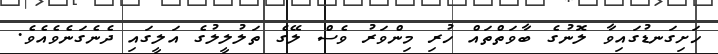
ހަށިގަނޑުގައިވާ ލޮނުގެ ބާވަތްތައް ހުރި މިންވަރު ވެސް ލޭގެ ތަލުލީލުގެ އަލީގައި ދެނެގަނެވެއެވެ.